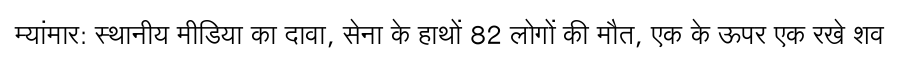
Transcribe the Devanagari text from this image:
म्यांमार: स्थानीय मीडिया का दावा, सेना के हाथों 82 लोगों की मौत, एक के ऊपर एक रखे शव